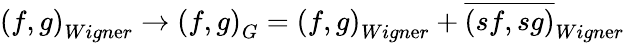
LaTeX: \left(f,g\right)_{Wign\mathrm{e}r}\rightarrow\left(f,g\right)_{G}=\left(f,g\right)_{Wign\mathrm{e}r}+\overline{{{{\left(sf,sg\right)}}}}_{Wign\mathrm{e}r}